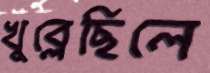
খুব্‌লেছিলে